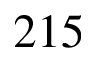
2 1 5